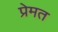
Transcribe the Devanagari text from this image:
प्रेमत